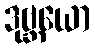
ဒုဗ္ဘယော